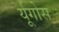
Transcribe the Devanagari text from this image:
र्यूगोस